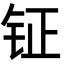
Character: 钲